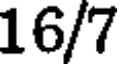
16/7